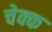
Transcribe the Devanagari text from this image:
चेक्क